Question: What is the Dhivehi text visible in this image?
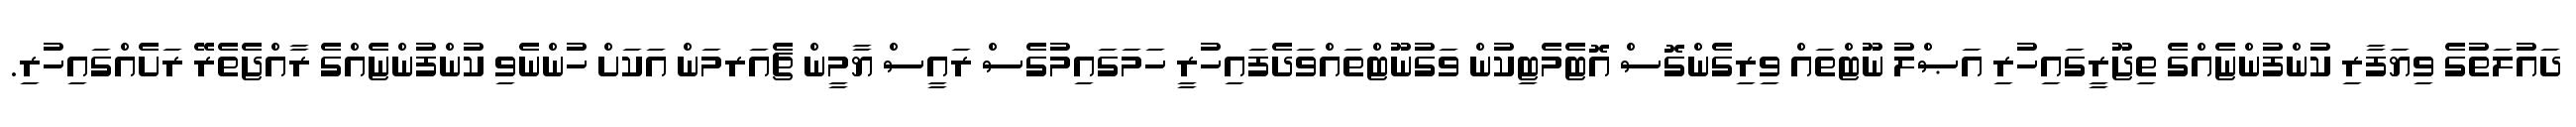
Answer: ދައުލަތުގެ ވިޔަފާރި ކުންފުންޏެއްގެ ތިޖޫރީގައިހުރި އަޞްލު ނޫޓްތައް ވިރިގެންގޮސް އޮޓެމެޓިކުން ވަގުނޫޓްތައްވަދެފައިހުރީ ހަމަގައިމުގެސް ރައީސް ޔާމީން ޗެއަރމަން އަކަށް ހުންނެވި ކުންފުންޏެއްގެ ރާއްޖެތެރޭ ރަށެއްގައިހުރި.